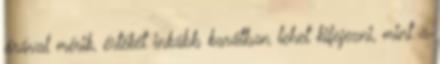
órával mérik, értékét inkább karátban lehet kifejezni, mint a